Tartu_linna_vaeslastekohus, lk 30
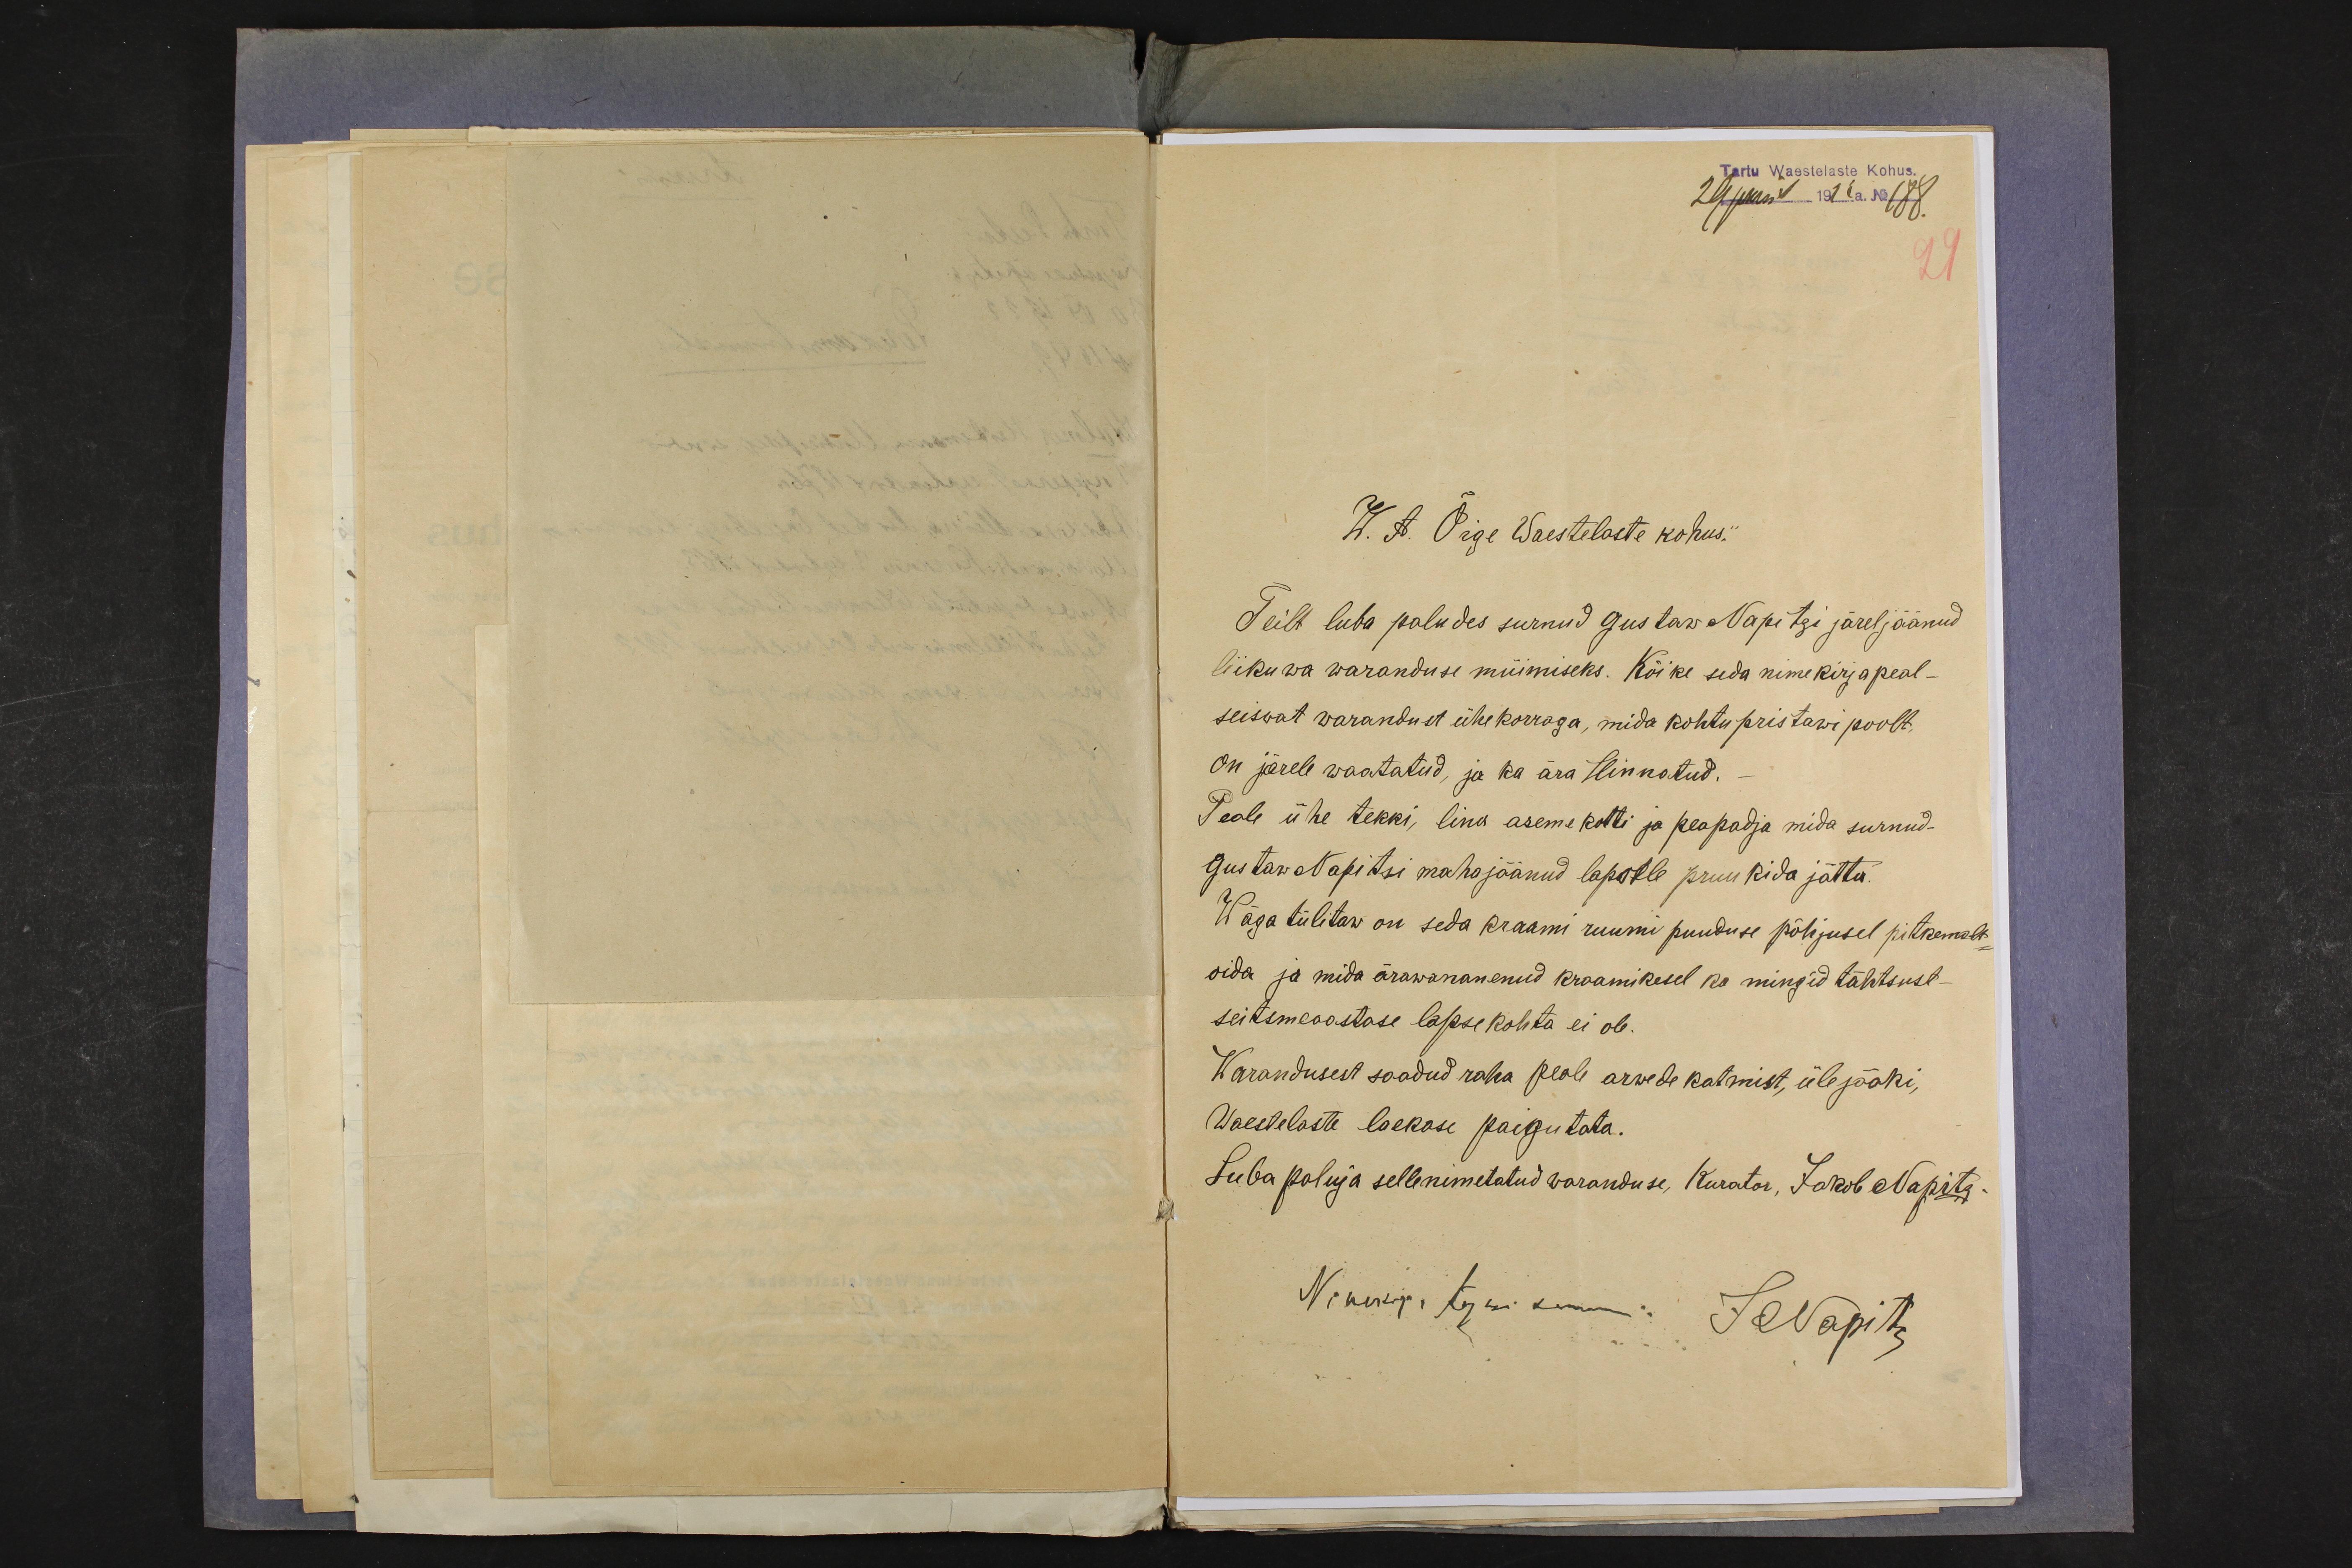
Tartu Waestelaste Kohus.
29. juunil 1922 a. No 188.
29
W. A. Õige Waestelaste kohus.
Teilt luba paludes surnud Gustaw Napitzi järeljäänud
liikuwa waranduse müimiseks. Kõike seda nimekirja peal-
seiswat warandust ühekorraga, mida kohtupristawi poolt,
on järele waatatud, ja ka ära Hinnatud. -
Peale ühe tekki, lina asemekotti ja peapadja mida surnud -
Gustaw Napitsi mahajäänud lapsele pruukida jätta.
Wäga tülitaw on seda kraami ruumi puuduse põhjusel pitkemalt
oida ja mida ärawananenud kraamikesel ka mingid tähtsust -
seitsmeaastase lapse kohta ei ole.
Warandusest saadud raha peale arwede katmist, ülejääki,
Waestelaste laekase paigutata.
Luba paluja selle nimetatud waranduse, Kurator, Jakob Napitz.
Nimekiga tejusi kuni
JNapitz